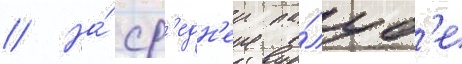
// На́ ср'едн'еи па́луб'е